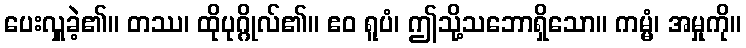
ပေးလှူခဲ့၏။ တဿ၊ ထိုပုဂ္ဂိုလ်၏။ ဧဝ ရူပံ၊ ဤသို့သဘောရှိသော။ ကမ္မံ၊ အမှုကို။